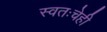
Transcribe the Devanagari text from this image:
स्वतःचेही